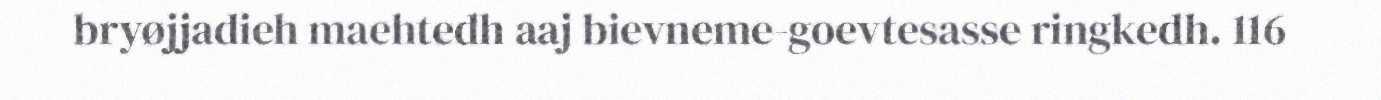
bryøjjadieh maehtedh aaj bievneme-goevtesasse ringkedh. 116